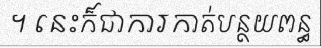
។ នេះក៏ជាការកាត់បន្ថយពន្ធ